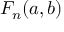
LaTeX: F _ { n } ( a , b )